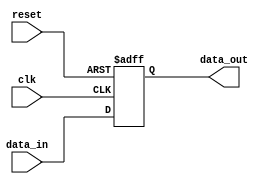
module negative_edge_triggered_ff (
    input wire clk,        // Clock signal
    input wire reset,      // Asynchronous reset signal
    input wire data_in,    // Data input
    output reg data_out    // Data output
);

    // Behavioral modeling block sensitive to negative edge of clk
    always @(negedge clk or posedge reset) begin
        if (reset) begin
            // Asynchronous reset: clear the output
            data_out <= 1'b0; 
        end else begin
            // Capture the data input on the negative edge of the clock
            data_out <= data_in;
        end
    end

endmodule